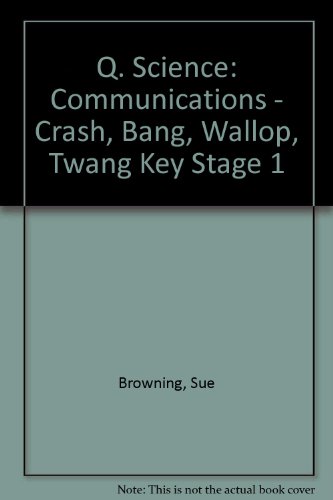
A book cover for Q. Science: Communications - Crash, Bang, Wallop, Twang Key Stage 1; Sue Browning; Children's Books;